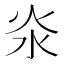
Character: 𣲱